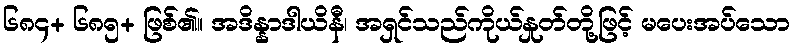
၆၈၄+ ၆၈၅+ ဖြစ်၏။ အဒိန္နာဒါယိနီ၊ အရှင်သည်ကိုယ်နှုတ်တို့ဖြင့် မပေးအပ်သော